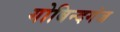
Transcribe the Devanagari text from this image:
गोबिन्दगंज